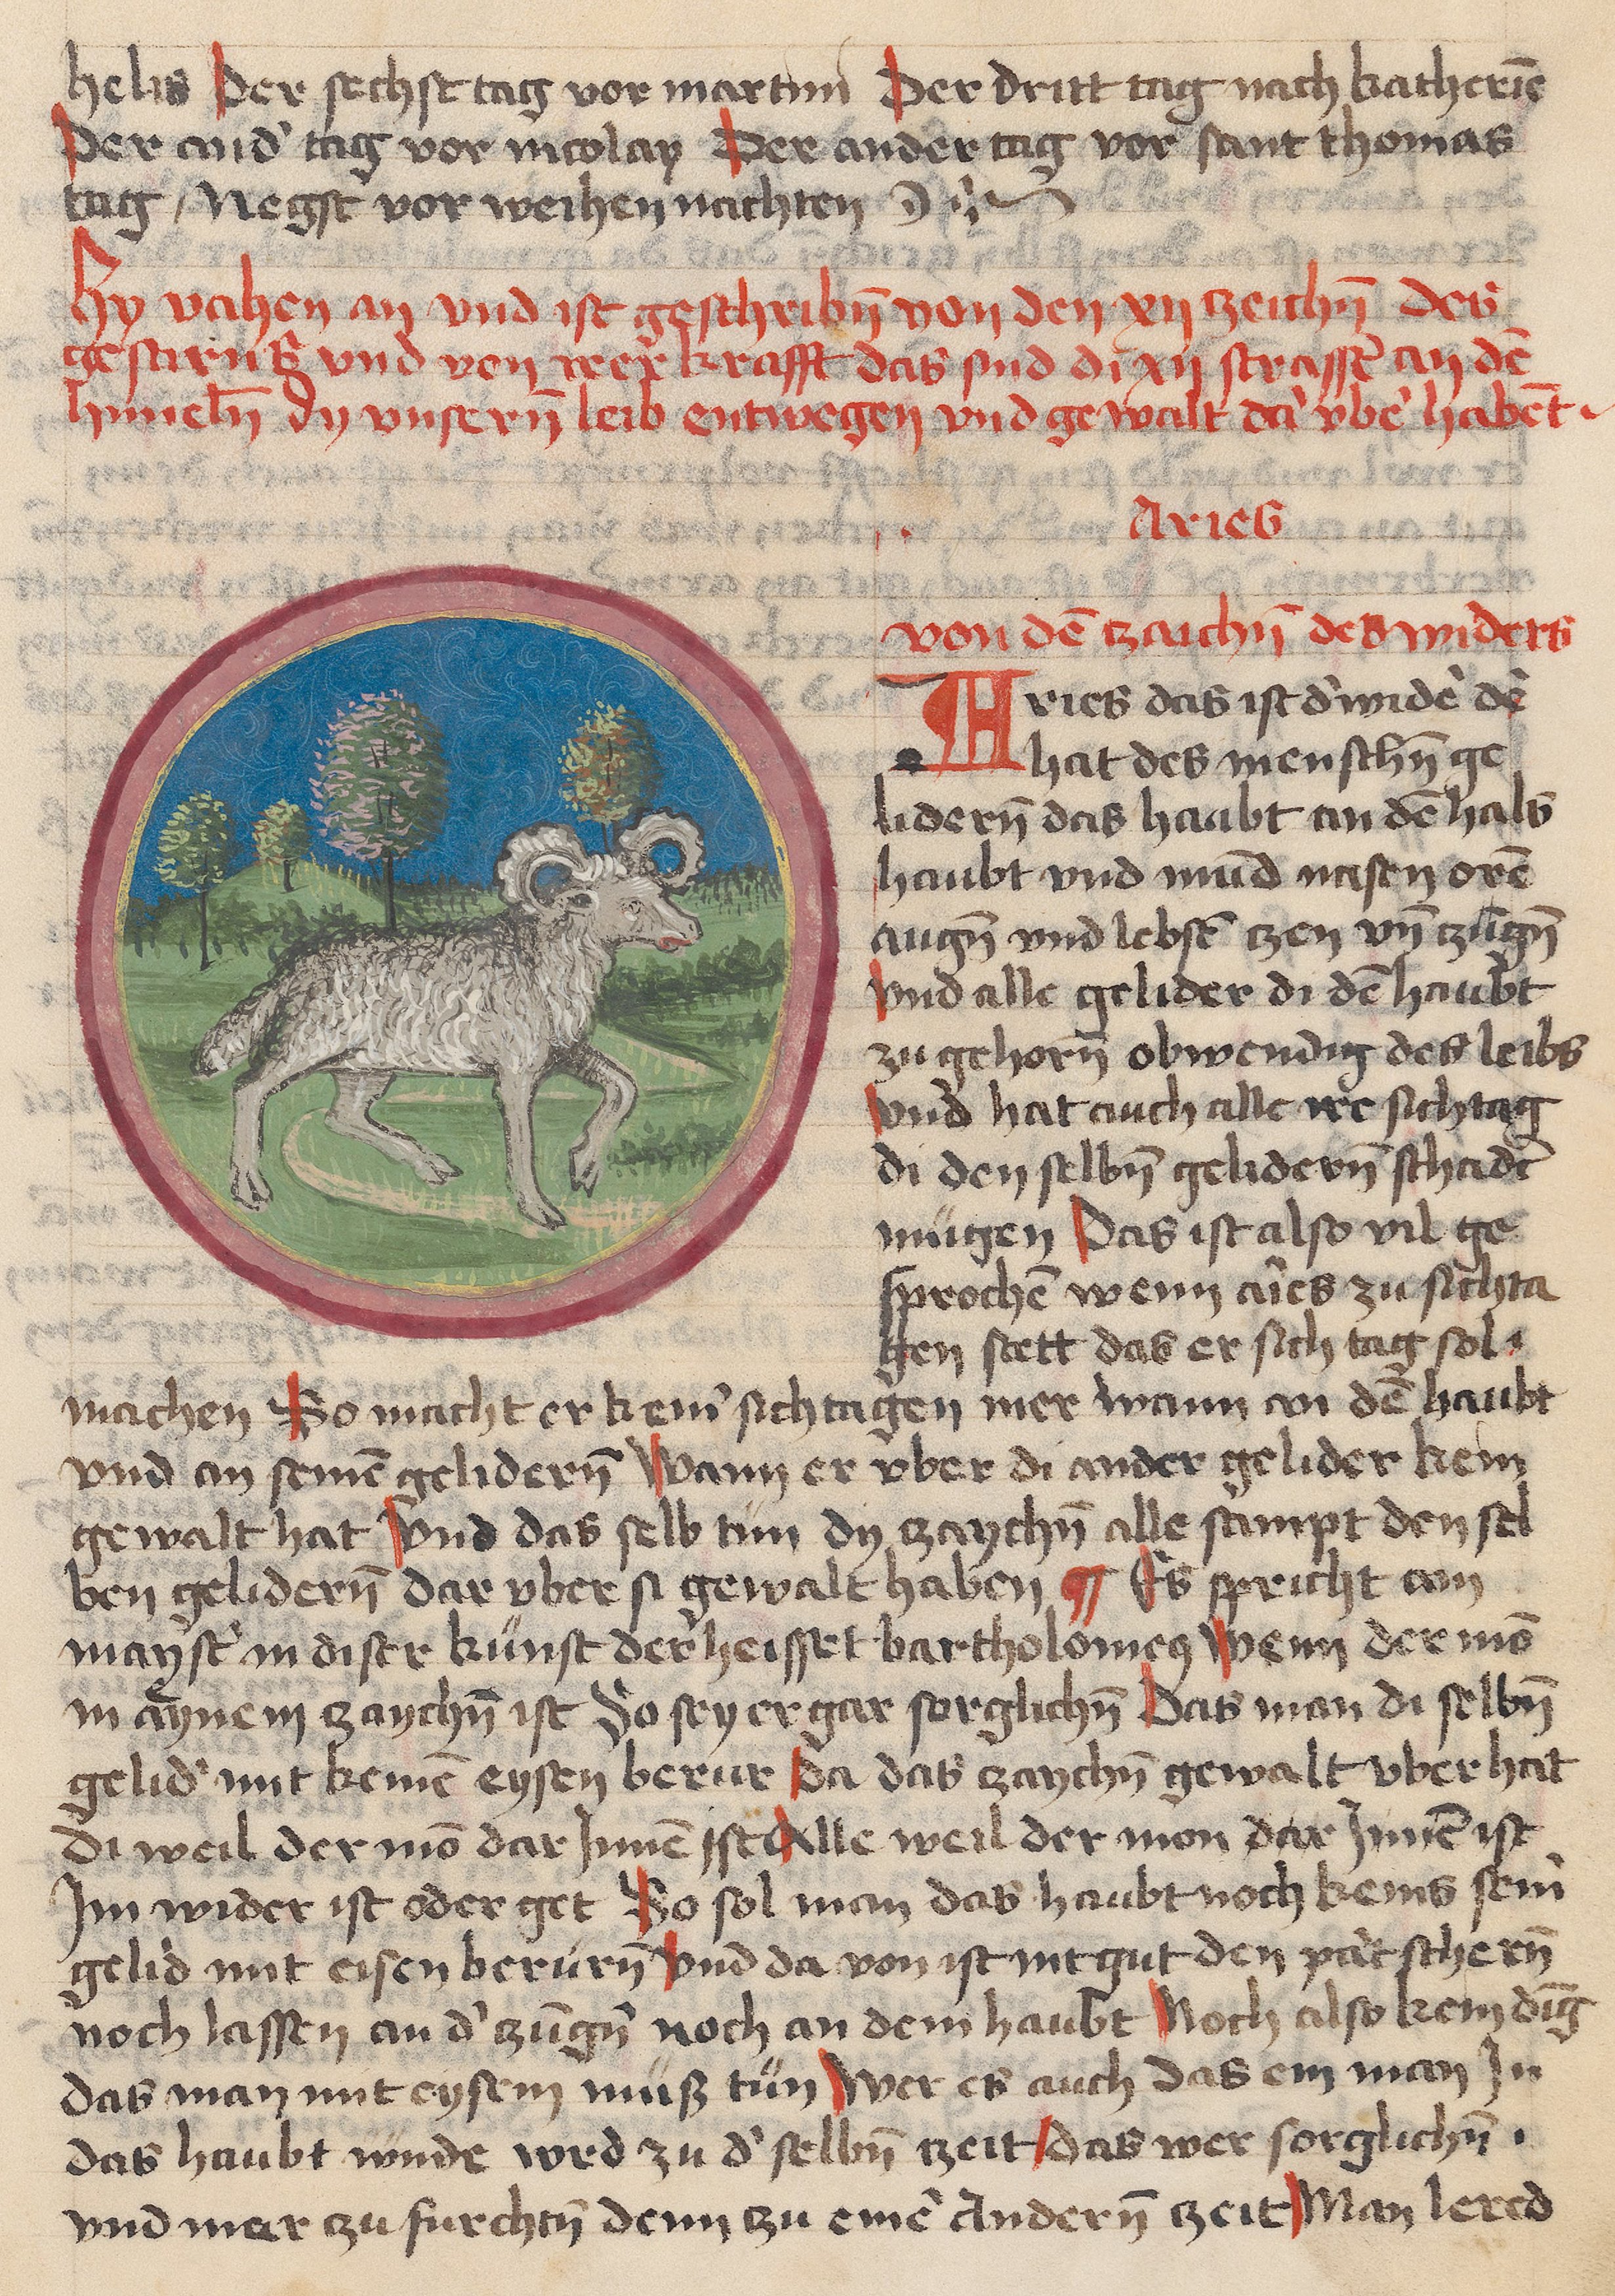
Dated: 1459–1471